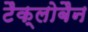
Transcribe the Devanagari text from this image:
टैक्लोबैन